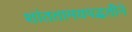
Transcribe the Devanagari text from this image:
शांततामयपद्धतीने